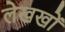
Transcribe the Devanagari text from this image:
लेखखों